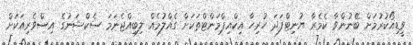
ވީޑިއޯކުރުމަށް ބޭނުންވާ ކެމެރާ ޔުނިޓްފަދަ ހުރިހާ އިކްއިޕްމަންޓްތަކަށް ގެއްލުމެއް ލިބިއްޖެނަމަ ސެކްޝަނުގެ އިސްވެރިއަކަށް